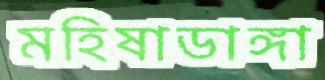
মহিষাডাঙ্গা